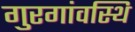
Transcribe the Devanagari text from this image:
गुरगांवस्थि